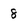
Character: 8